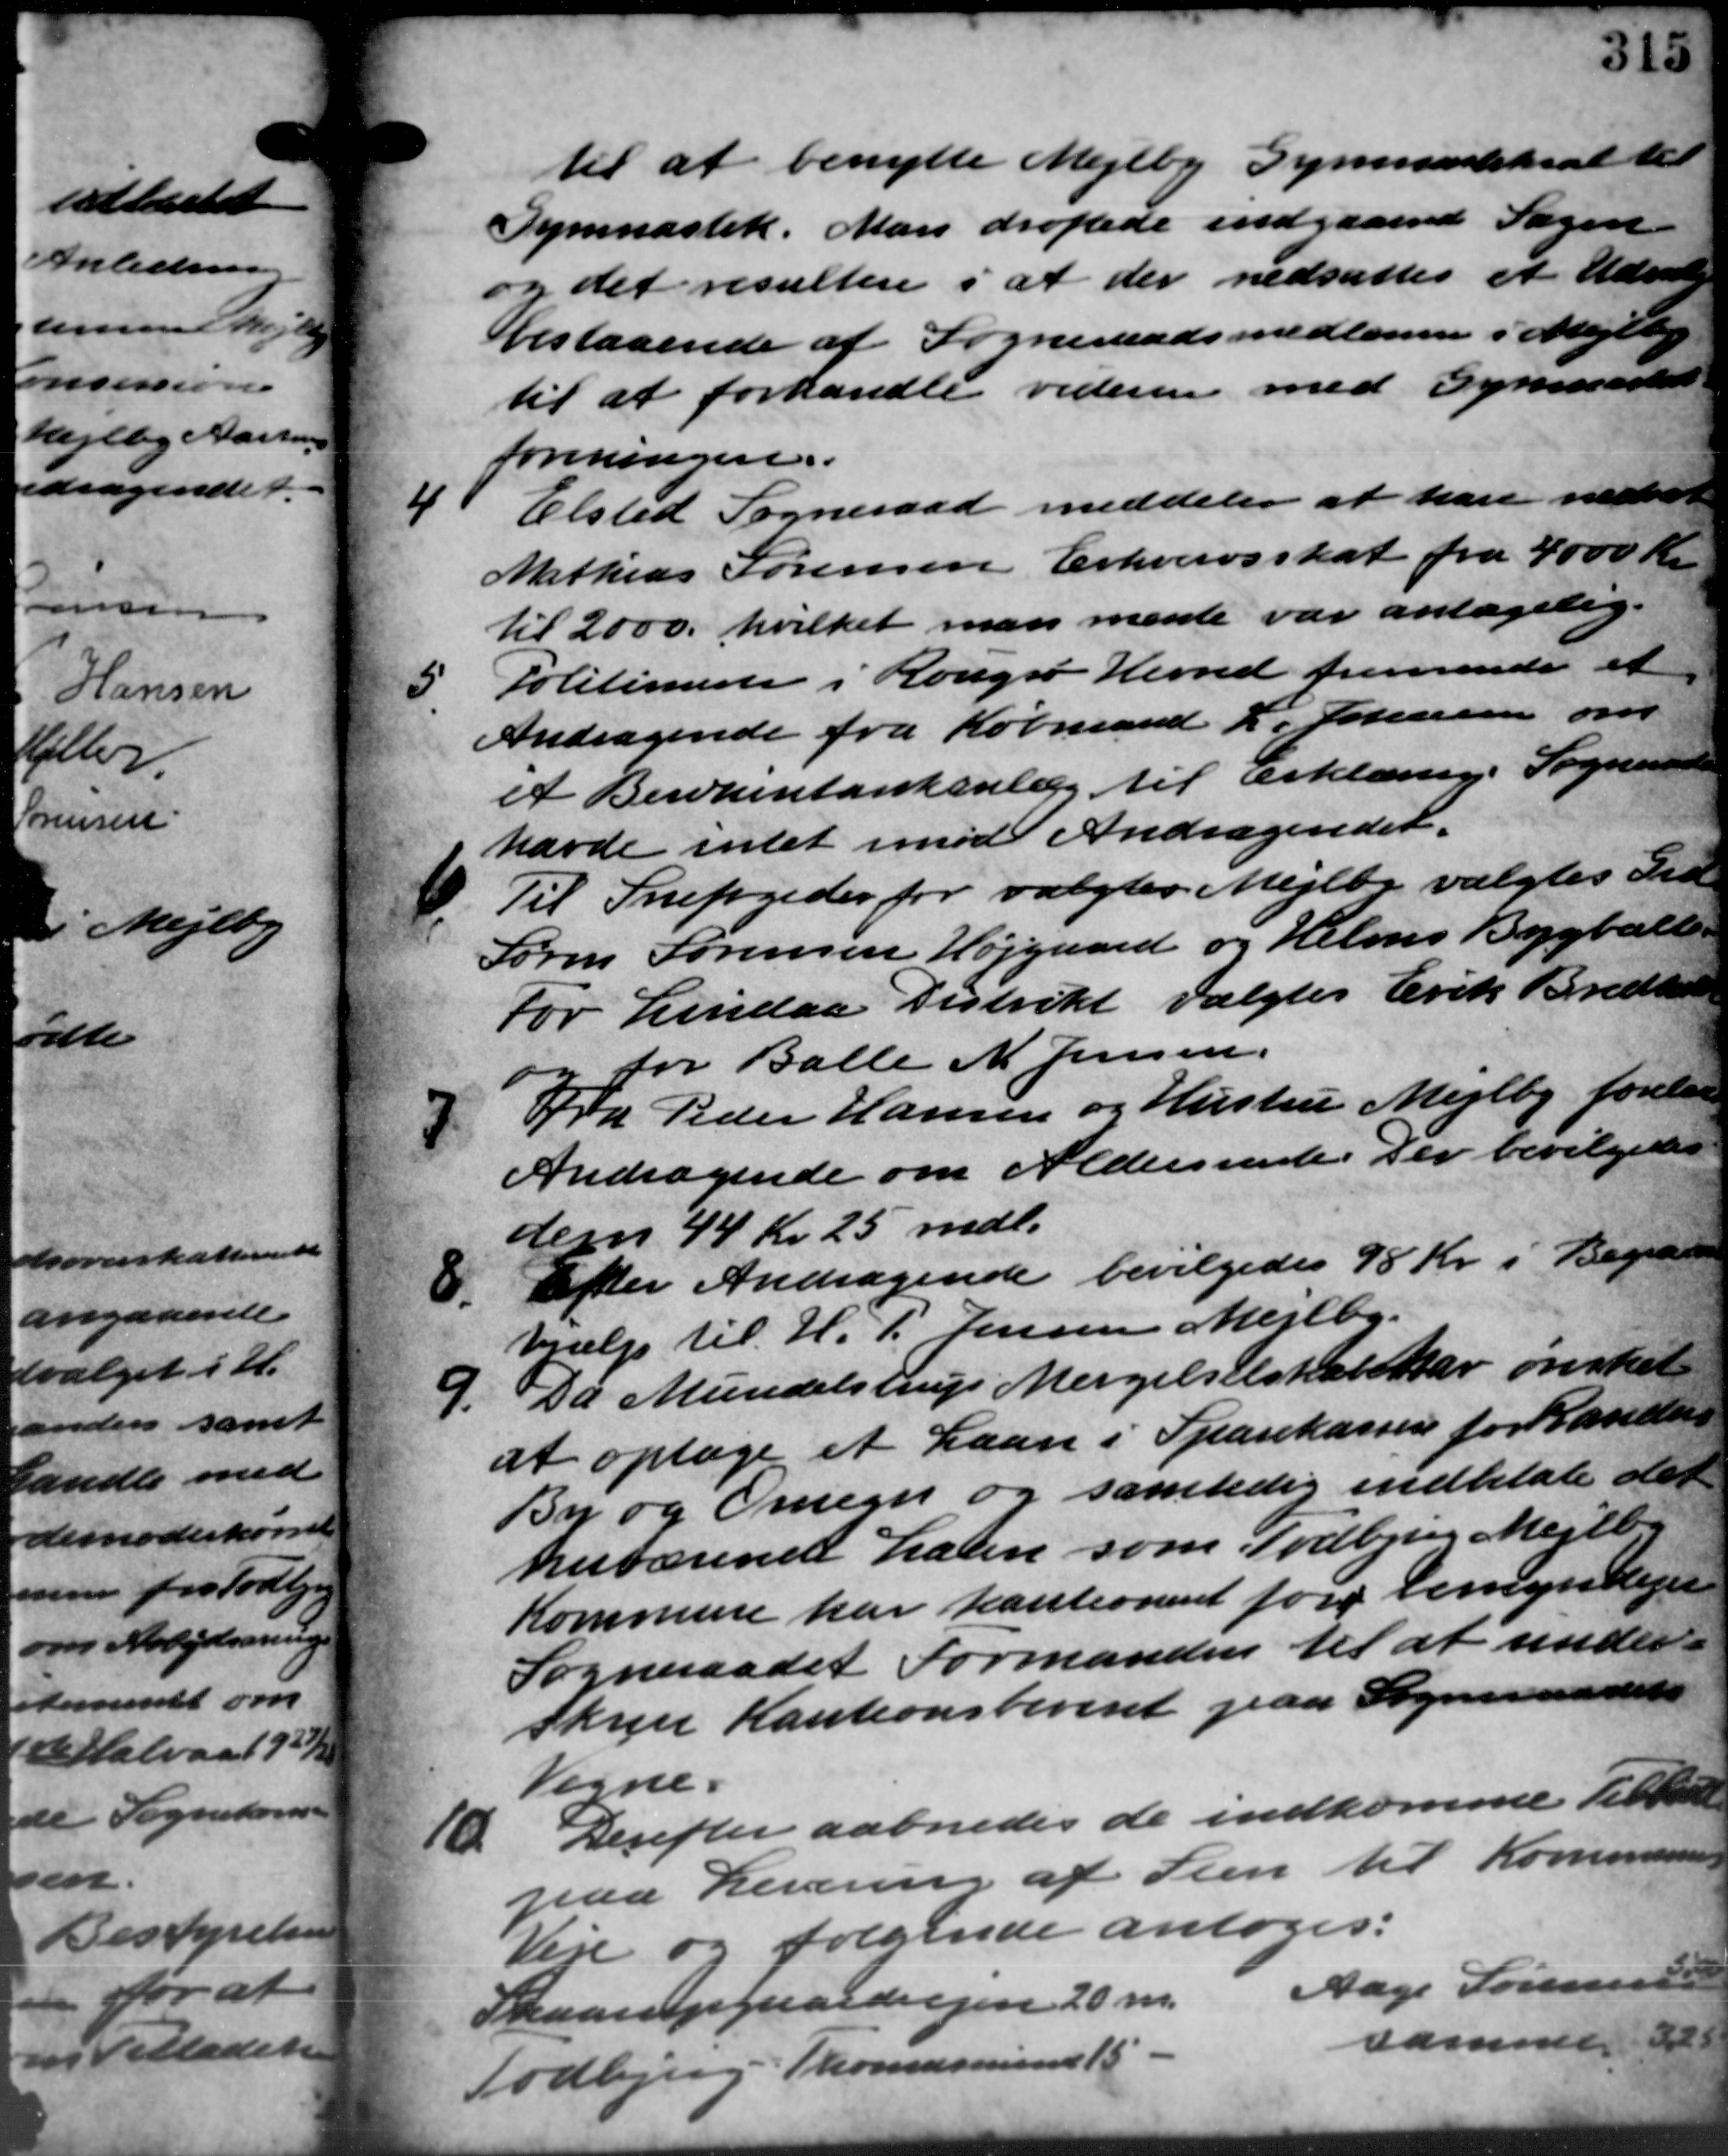
Transskription:
til at benytte Mejlby Gymnastiksal til
Gymnastik. Man drøftede indgaaende Sagen
og det resultere i at der nedsattes et Udva
bestaaende af Sogneraadsmedlemmer i Mejlby
til at forhandle videren med Gymnastin
foreningen.

Elsted Sogneraad meddeler at han nedsæt
Mathias Sørensen Erhvervsskat fra 4000 Kr.
til 2000, hvilket man mente var antagelig.

Politimester i Rougsø Herred fremsende et
Andragende fra Købmand L. Johanne om
et Beretentankenlæg til Erklæring. Sogneraadet
havde intet imod Andragendet.

Til Snefogeder for valgtes Mejlby valgtes Tid
Søren Sørensen Højgaard og Helms Bygballe -
For Lindaa Distrikt valgtes Erik Bredhold
o for Balle N. Jensen.

Fra Peder Hansen og Hustru Mejlby forelaa
Andragende om Aldersrente. Der bevilgedes
den 44 Kr. 25 mdl.
Efter Andragende bevilgedes 98 Kr. i Begærde
8.
hjælp til H. P. Jensen Mejlby.
9.
Da Mundelstrup Mergelselskab har ønsket
at optage et Laan i Sparekassen for Randers
By og Omegn og samtidig indbetale det
herværende halen som Todbjerg Mejlby
Kommune har kautionernet føre bemyndiget
Sogneraadet Formanden til at under-
skrive Kautionsbevist paa Sogneraadets
Vegne.
10. Derefter aabnedes de indkomme Tilbud
10. Derefter aabnedes de indkomme Tilbud
paa Levering af Sten til Kommunen
Veje og følgende antoges:
Skaarupgaardvejen 20 m.
Aage Sørensen
Todbjerg Thomasmini 15
samme